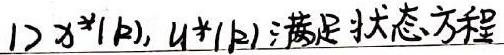
1) \(x^{*}(k),u^{*}(k)\)满足状态方程